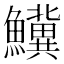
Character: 𬵷